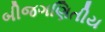
બીજગણિતીય